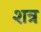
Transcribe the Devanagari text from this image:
शत्र